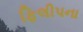
ફિલીપના